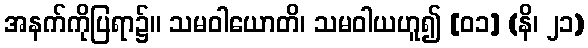
အနက်ကိုပြရာ၌။ သမဝါယောတိ၊ သမဝါယဟူ၍ [၀၁] (နိ၊ ၂၁)